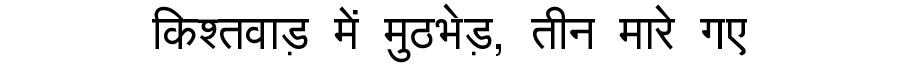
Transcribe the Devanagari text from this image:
किश्तवाड़ में मुठभेड़, तीन मारे गए